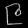
Digit: ၉